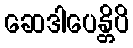
ဆေဒါပေန္တိပိ